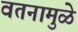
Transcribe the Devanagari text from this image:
वतनामुळे